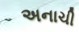
અનાચી